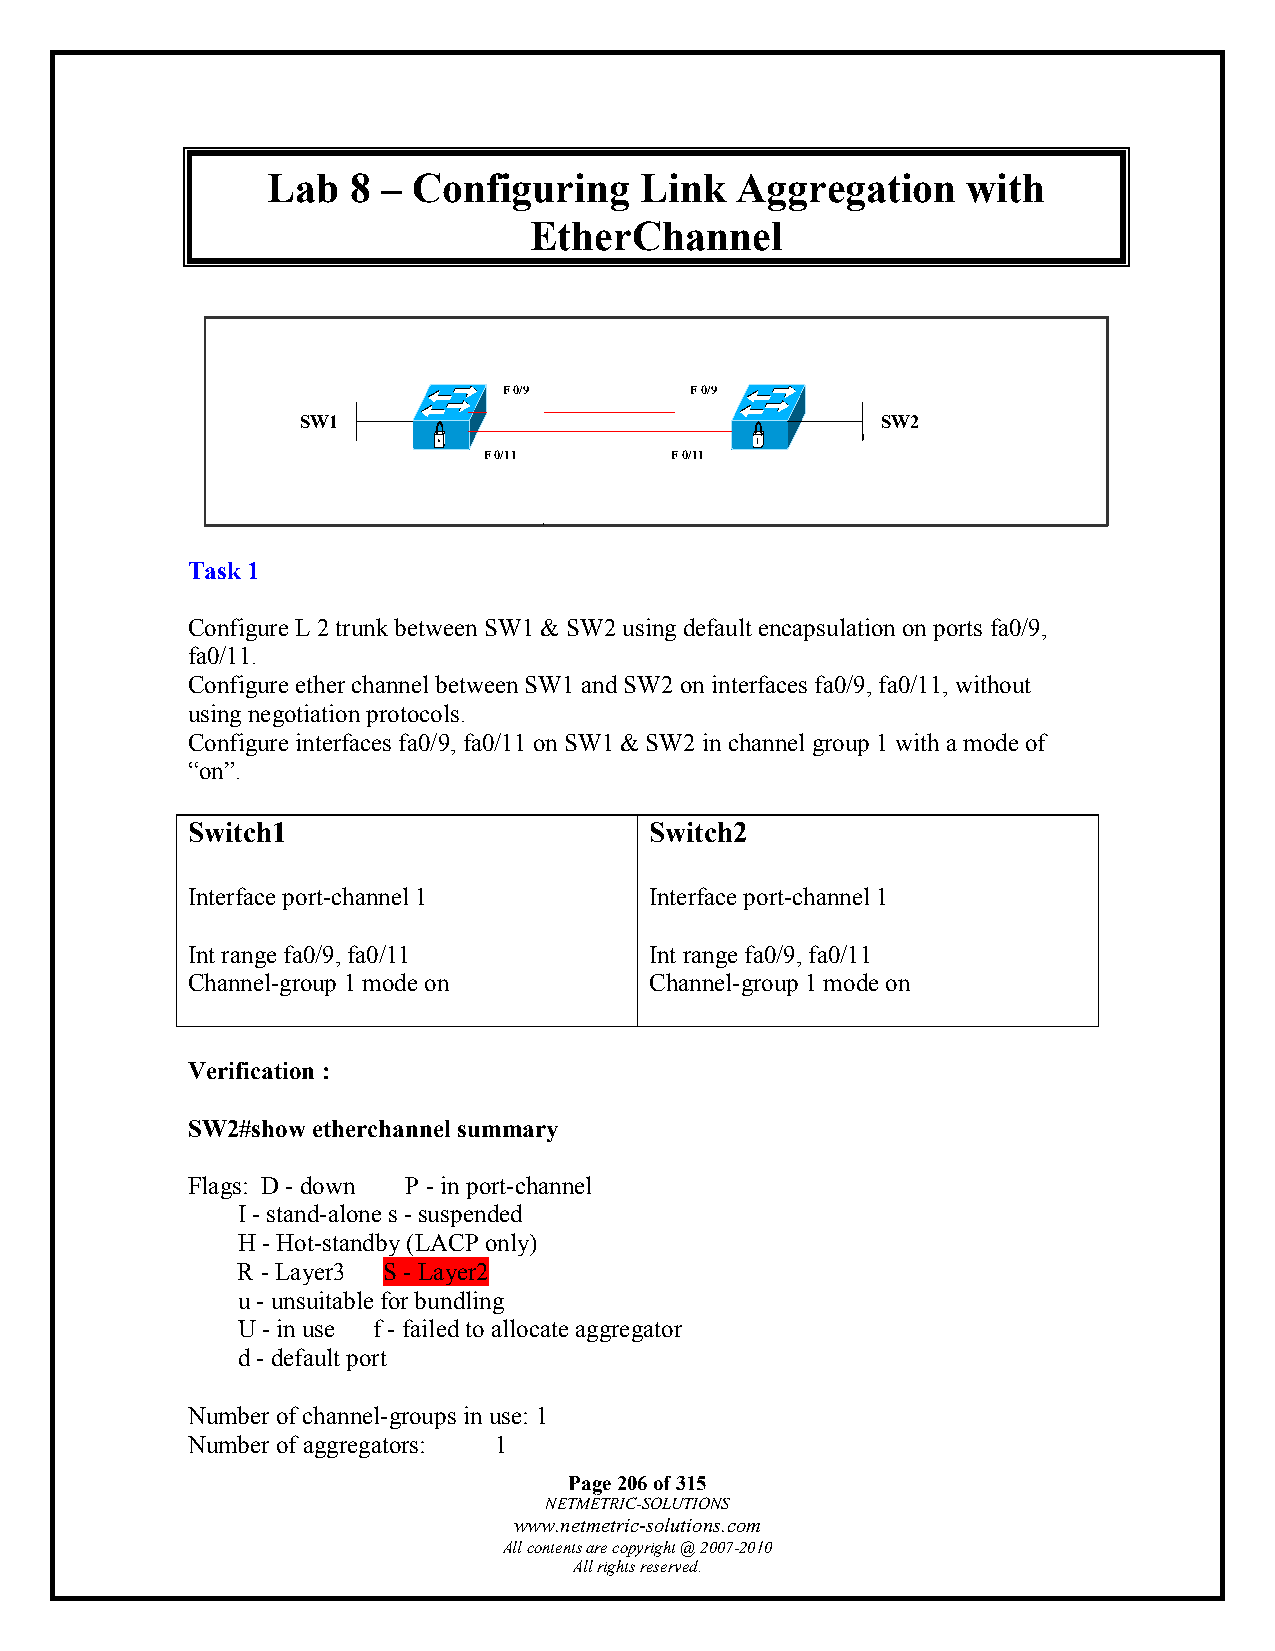
Lab  8 – Configuring    Link   Aggregation    with
 EtherChannel
 F 0/9        F 0/9
 SW1                                   SW2
 F 0/11      F 0/11
 Task 1
 Configure L 2 trunk between SW1 & SW2 using default encapsulation on ports fa0/9,
 fa0/11.
 Configure ether channel between SW1 and SW2 on interfaces fa0/9, fa0/11, without
 using negotiation protocols.
 Configure interfaces fa0/9, fa0/11 on SW1 & SW2 in channel group 1 with a mode of
 “on”.
 Switch1                        Switch2
 Interface port-channel 1       Interface port-channel 1
 Int range fa0/9, fa0/11        Int range fa0/9, fa0/11
 Channel-group 1 mode on        Channel-group 1 mode on
 Verification :
 SW2#show etherchannel summary
 Flags: D - down P - in port-channel
 I - stand-alone s - suspended
 H - Hot-standby (LACP only)
 R - Layer3 S - Layer2
 u - unsuitable for bundling
 U - in use f - failed to allocate aggregator
 d - default port
 Number of channel-groups in use: 1
 Number of aggregators: 1
 Page 206 of 315
 NETMETRIC-SOLUTIONS
 www.netmetric-solutions.com
 All contents are copyright @ 2007-2010
 All rights reserved.